Annual report of the Punjab Veterinary College and of the Civil Veterinary Department, Punjab - 1926-1932
Year: 1926
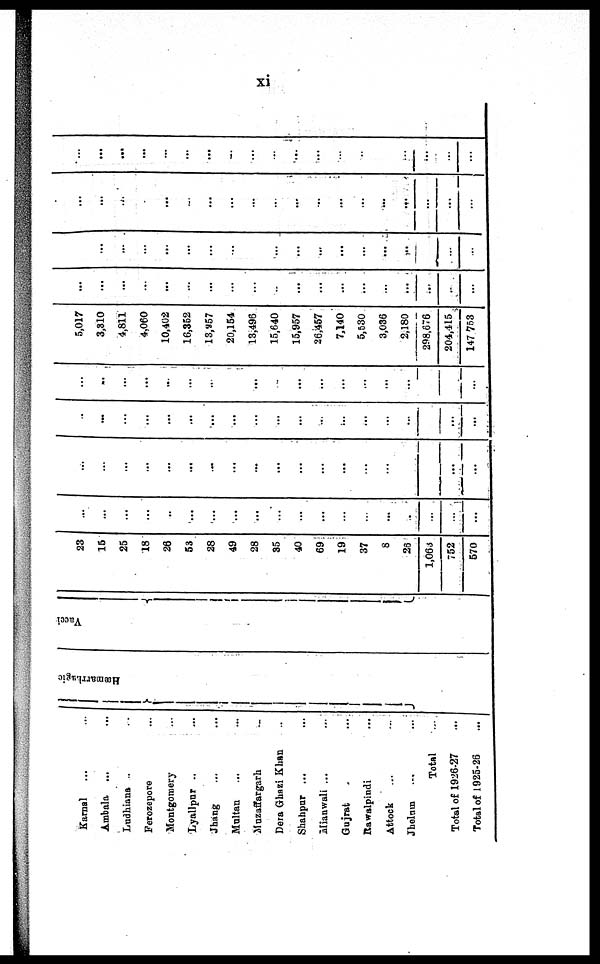
xi
Karnal ... ...
Ambala ... ...
Ludhiana ... ...
Ferozepore ... ...
Montgomery ... ...
Lyallpur ... ...
Jhang ... ...
Multan ... ...
Muzaffargarh ... ...
Dera Ghazi Khan ... ...
Shahpur ... ...
Mianwali ... ...
Gujrat ... ...
Rawalpindi ...
Attock ... ...
Jhelum ... ...
Total ...
Total of 1926-27 ...
Total of 1925-26 ...
Hæmarrhagic
Vacci
23
15
25
18
26
53
28
49
28
35
40
69
19
37
8
26
1,063
752
570
...
...
...
...
..
...
...
...
...
...
...
...
...
...
...
...
...
...
...
...
...
...
...
...
...
...
...
...
...
...
...
...
...
...
...
...
...
...
...
...
...
...
...
...
...
...
...
...
...
...
...
...
...
...
...
...
...
...
...
...
...
...
...
...
...
...
...
...
...
...
...
...
...
...
5,017
3,310
4,811
4,060
10,402
16,352
13,257
20,154
13,496
15,640
15,957
26,457
7,140
5,530
3,036
2,180
298,676
204,415
147,753
...
...
...
...
...
...
...
...
...
...
...
...
...
...
...
...
...
...
...
...
...
...
...
...
...
...
...
...
...
...
...
...
...
...
...
...
...
...
...
...
...
...
...
...
...
...
...
...
...
...
...
...
...
...
...
...
...
...
...
...
...
...
...
...
...
...
...
...
...
...
...
...